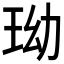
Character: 𤤬